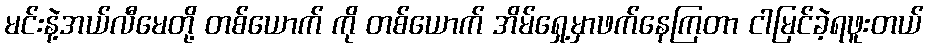
မင်းနဲ့အယ်လီမေတို့ တစ်ယောက် ကို တစ်ယောက် အိမ်ရှေ့မှာဖက်နေကြတာ ငါမြင်ခဲ့ရဖူးတယ်